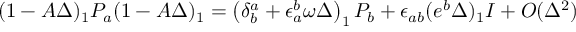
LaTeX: ( 1 - A \Delta ) _ { 1 } P _ { a } ( 1 - A \Delta ) _ { 1 } = \left( \delta _ { b } ^ { a } + \epsilon _ { a } ^ { b } \omega \Delta \right) _ { 1 } P _ { b } + \epsilon _ { a b } ( e ^ { b } \Delta ) _ { 1 } I + O ( \Delta ^ { 2 } )